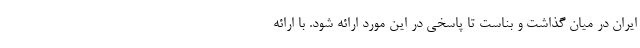
ایران در میان گذاشت و بناست تا پاسخی در این مورد ارائه شود. با ارائه